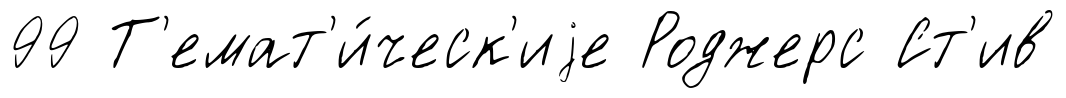
99 Т'емат'и́ческ'иjе Роджерс Ст'ив